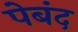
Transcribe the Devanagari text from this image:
पेबंद